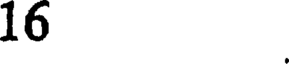
16